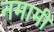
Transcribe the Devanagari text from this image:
नमामी